Investigations on Bengal jail dietaries - Number 37
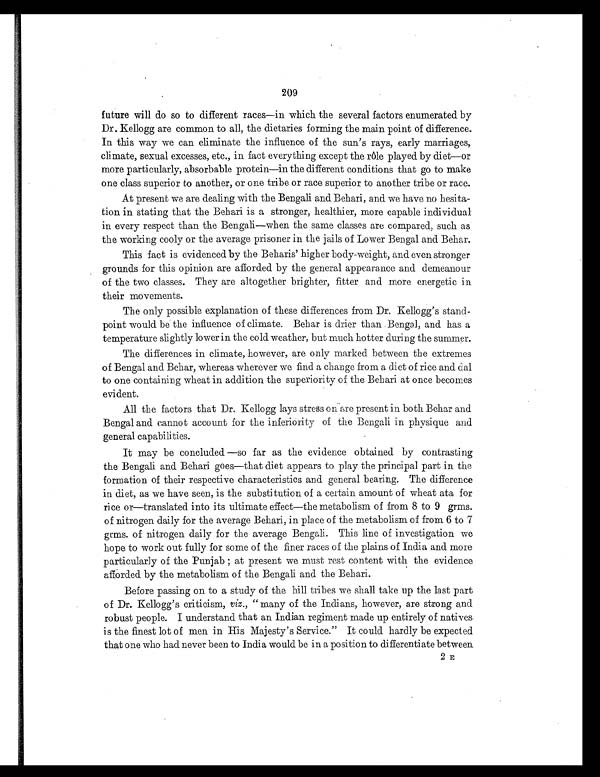
209
future will do so to different races—in which the several factors enumerated by
Dr. Kellogg are common to all, the dietaries forming the main point of difference.
In this way we can eliminate the influence of the sun's rays, early marriages,
climate, sexual excesses, etc., in fact everything except the rile played by diet—or
more particularly, absorbable protein—in the different conditions that go to make
one class superior to another, or one tribe or race superior to another tribe or race.
At present we are dealing with the Bengali and Behari, and we have no hesita-
tion in stating that the Behari is a stronger, healthier, more capable individual
in every respect than the Bengali—when the same classes are compared, such as
the working cooly or the average prisoner in the jails of Lower Bengal and Behar.
This fact is evidenced by the Beharis' higher body-weight, and even stronger
grounds for this opinion are afforded by the general appearance and demeanour
of the two classes. They are altogether brighter, fitter and more energetic in
their movements.
The only possible explanation of these differences from Dr. Kellogg's stand-
point would be the influence of climate. Behar is drier than Bengal, and has a
temperature slightly lower in the cold weather, but much hotter during the summer.
The differences in climate, however, are only marked between the extremes
of Bengal and Behar, whereas wherever we find a change from a diet of rice and dal
to one containing wheat in addition the superiority of the Behari at once becomes
evident.
All the factors that Dr. Kellogg lays stress on are present in both Behar and
Bengal and cannot account for the inferiority of the Bengali in physique and
general capabilities.
It may be concluded—so far as the evidence obtained by contrasting
the Bengali and Behari goes—that diet appears to play the principal part in the
formation of their respective characteristics and general bearing. The difference
in diet, as we have seen, is the substitution of a certain amount of wheat ata for
rice or—translated into its ultimate effect—the metabolism of from 8 to 9 grms.
of nitrogen daily for the average Behari, in place of the metabolism of from 6 to 7
grms. of nitrogen daily for the average Bengali. This line of investigation we
hope to work out fully for some of the finer races of the plains of India and more
particularly of the Punjab ; at present we must rest content with the evidence
afforded by the metabolism of the Bengali and the Behari.
Before passing on to a study of the hill tribes we shall take up the last part
of Dr. Kellogg's criticism, viz., " many of the Indians, however, are strong and
robust people. I understand that an Indian regiment made up entirely of natives
is the finest lot of men in His Majesty's Service." It could hardly be expected
that one who had never been to India would be in a position to differentiate between.
2 E